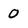
Character: O